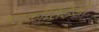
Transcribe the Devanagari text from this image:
ग्लुकोसिडेजों